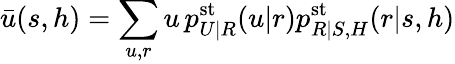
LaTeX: \bar{u}(s,h)=\sum_{u,r}u\, p_{U|R}^{\mathrm{st}}(u|r)p_{R|S,H}^{\mathrm{st}}(r|s,h)